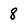
Character: 8